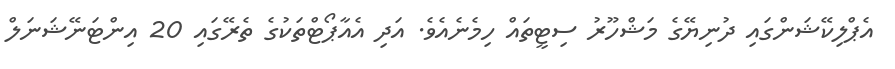
އެޕްލިކޭޝަންގައި ދުނިޔޭގެ މަޝްހޫރު ސިޓީތައް ހިމެނެއެވެ. އަދި އެއާޕޯޓްތަކުގެ ތެރޭގައި 20 އިންޓަނޭޝަނަލް